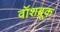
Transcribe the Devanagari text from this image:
वॉशब्रूक